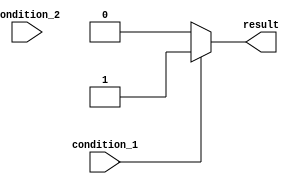
module IfElseLadder (
    input wire condition_1,
    input wire condition_2,
    output reg result
);

always @* begin
    if (condition_1) begin
        result = 1;
    end
    else if (condition_2) begin
        result = 2;
    end
    else begin
        result = 0;
    end
end

endmodule